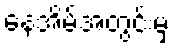
နေအိမ်အတွင်းမှ